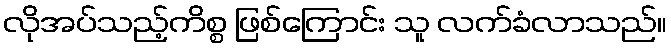
လိုအပ်သည့်ကိစ္စ ဖြစ်ကြောင်း သူ လက်ခံလာသည်။